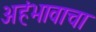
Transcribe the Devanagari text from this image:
अहंभावाचा